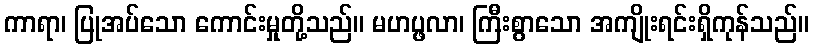
ကာရာ၊ ပြုအပ်သော ကောင်းမှုတို့သည်။ မဟပ္ဖလာ၊ ကြီးစွာသော အကျိုးရင်းရှိကုန်သည်။